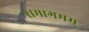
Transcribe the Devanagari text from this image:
समागमम्